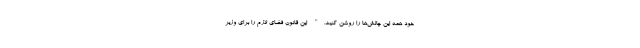
خود همه این چالش‌ها را روشن کنید." این قانون فضای لازم را برای وزیر